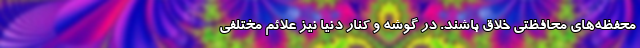
محفظه‌های محافظتی خلاق باشند. در گوشه و کنار دنیا نیز علائم مختلفی